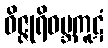
ဝိဇ္ဇုရိဝဗ္ဘကူဋံ